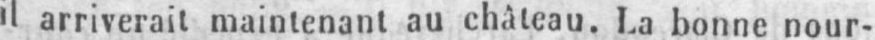
il arriverait maintenant au château. La bonne nour-